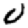
Digit: 0